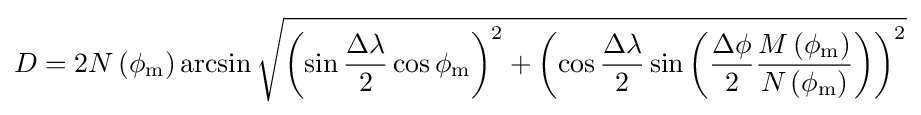
D=2N\left(\phi _{\textrm {m}}\right)\arcsin {\sqrt {\left(\sin {\frac {\Delta \lambda }{2}}\cos \phi _{\textrm {m}}\right)^{2}+\left(\cos {\frac {\Delta \lambda }{2}}\sin \left({\frac {\Delta \phi }{2}}{\frac {M\left(\phi _{\textrm {m}}\right)}{N\left(\phi _{\textrm {m}}\right)}}\right)\right)^{2}}}